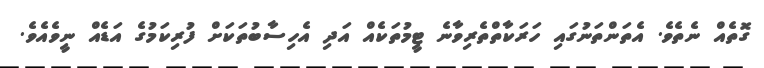
ގޮތެއް ނެތެވެ. އެތަންތަނުގައި ހަރަކާތްތެރިވާނެ ޓީމުތަކެއް އަދި އެހިސާބުތަކަށް ފުރިކަމުގެ އަޑެއް ނީވެއެވެ.